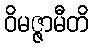
ဝိမဇ္ဇာမီတိ